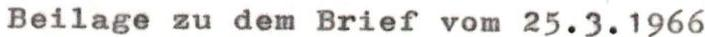
Beilage zu dem Brief vom 25.3.1966